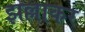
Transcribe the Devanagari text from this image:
झल्लाकर